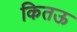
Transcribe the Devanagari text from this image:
कितऊ